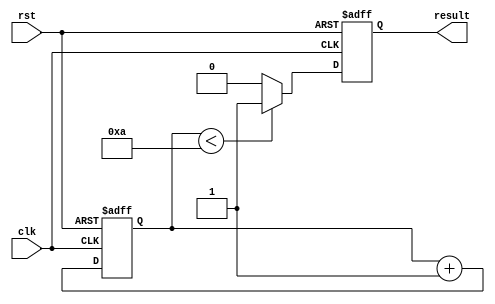
module while_loop_example (
    input wire clk,
    input wire rst,
    output reg result
);

reg [3:0] count;

always @ (posedge clk or posedge rst) begin
    if (rst) begin
        count <= 0;
        result <= 0;
    end else begin
        count <= count + 1;
        
        if (count < 10) begin
            result <= 1;
        end else begin
            result <= 0;
        end
    end
end

endmodule